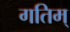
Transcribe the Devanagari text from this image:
गतिम्